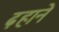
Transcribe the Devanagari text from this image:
ढ़हाने